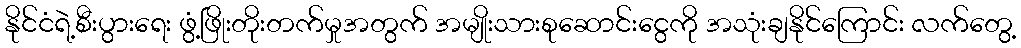
နိုင်ငံရဲ့စီးပွားရေး ဖွံ့ဖြိုးတိုးတက်မှုအတွက် အမျိုးသားစုဆောင်းငွေကို အသုံးချနိုင်ကြောင်း လက်တွေ့